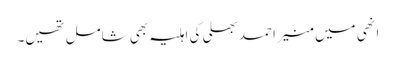
انھی میں منیر احمد بھلی کی اہلیہ بھی شامل تھیں۔